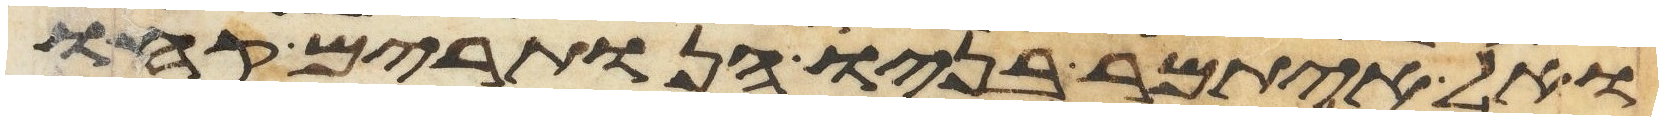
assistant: ואל איתמר בניו הנותרים קחו